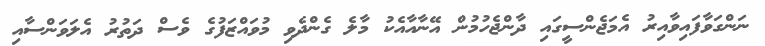
ނަންގަވާފައިވާއިރު އެމަޖެންސީގައި ދާންޖެހުމުން އޭނާއާއެކު މާލެ ގެންދެވި މުވައްޒަފުގެ ވެސް ދަތުރު އެލަވަންސާއި